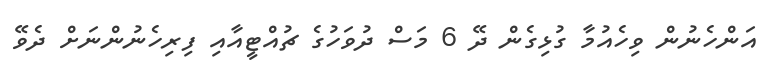
އަންހެނުން ވިހެއުމާ ގުޅިގެން ދޭ 6 މަސް ދުވަހުގެ ޗުއްޓީއާއި ފިރިހެނުންނަށް ދެވޭ